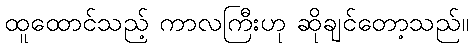
ထူထောင်သည့် ကာလကြီးဟု ဆိုချင်တော့သည်။